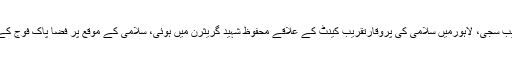
اسلام آباد جناح اسپورٹس کمپلیکس میں پروقار تقریب سجی، لاہورمیں سلامی کی پروقارتقریب کینٹ کے علاقے محفوظ شہید گریثرن میں ہوئی، سلامی کے موقع پر فضا پاک فوج کے جوانوں کے اللہ اکبر کے نعروں سے گونج اٹھی۔